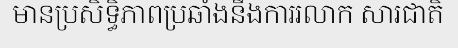
មានប្រសិទ្ធិភាពប្រឆាំងនឹងការរលាក សារជាតិ